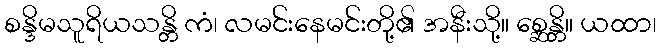
စန္ဒိမသူရိယသန္တိ ကံ၊ လမင်းနေမင်းတို့၏ အနီးသို့။ စ္ဆေန္တိ။ ယထာ၊